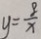
y = \frac { 8 } { x }